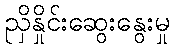
ညှိနှိုင်းဆွေးနွေးမှု